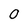
Character: O